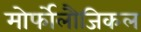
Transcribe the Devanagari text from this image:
मोर्फोलौजिकल